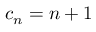
\textstyle c _ { n } = n + 1